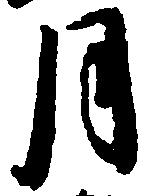
月